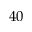
4 0